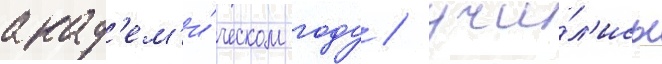
акад'ем'и́ческом году / учи́л'ись